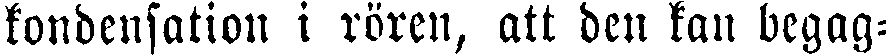
kondensation i rören, att den kan begag-